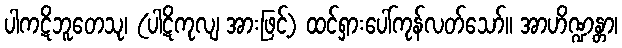
ပါကဋိဘူတေသု၊ (ပါဋိကုလျ အားဖြင့်) ထင်ရှားပေါ်ကုန်လတ်သော်။ အာဟိဏ္ဍန္တာ၊